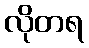
လိုတရ